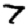
Digit: 7